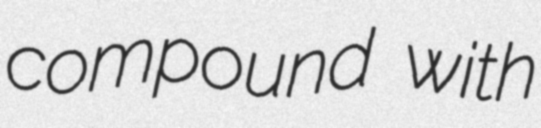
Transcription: compound with